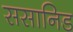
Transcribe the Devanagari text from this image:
ससानिड